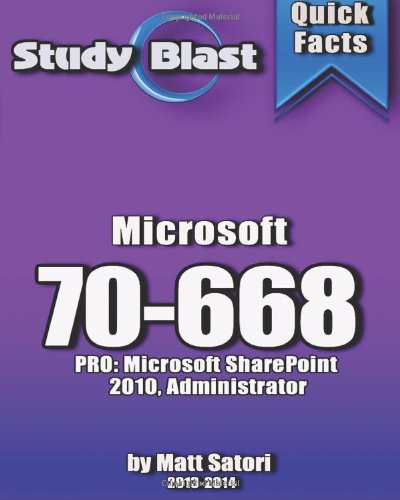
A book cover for Study Blast Microsoft 70-668 Exam Study Guide: 70-668: PRO: Microsoft SharePoint 2010, Administrator; Matt Satori; Computers & Technology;